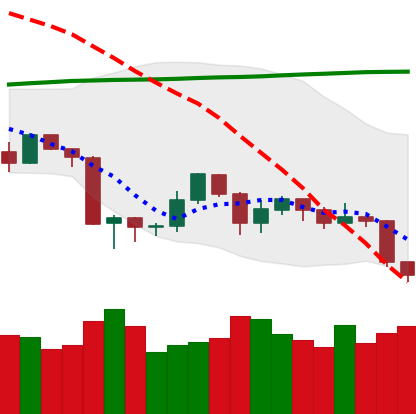
Ticker: ETH-USD
Chart end date: 2019-08-29
Forward return: 5.889%
Label: up_5_7